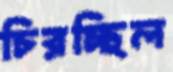
চিরচ্ছিল